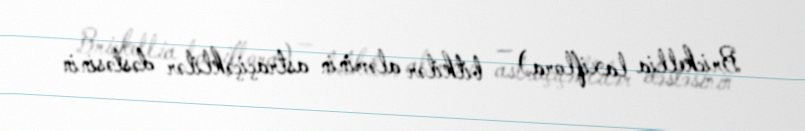
Brickellia laxiflora) — bitkilər aləminin astraçiçəklilər dəstəsinin